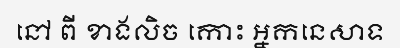
នៅ ពី ខាងលិច កោះ អ្នកនេសាទ